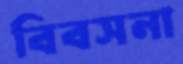
বিবসনা